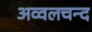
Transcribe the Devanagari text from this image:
अव्वलचन्द